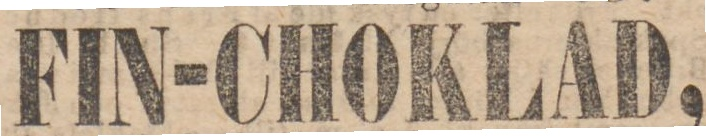
FIN-CHOKLAD,